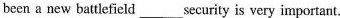
been a new battlefield ___ security is very important.